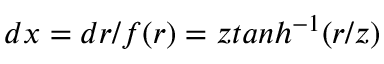
d x = d r / f ( r ) = z t a n h ^ { - 1 } ( r / z )